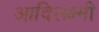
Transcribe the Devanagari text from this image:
आदिलक्ष्मी